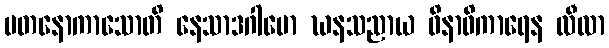
ပတနောကာသောတိ နေသာဒဂါမော ဃနသညာယ ဝိနာဓိကာရေန လီလာ